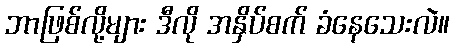
ဘာဖြစ်လို့များ ဒီလို အနှိပ်စက် ခံနေသေးလဲ။